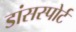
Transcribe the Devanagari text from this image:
डांसस्पोर्ट